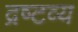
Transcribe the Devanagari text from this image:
द्रष्‍टव्य